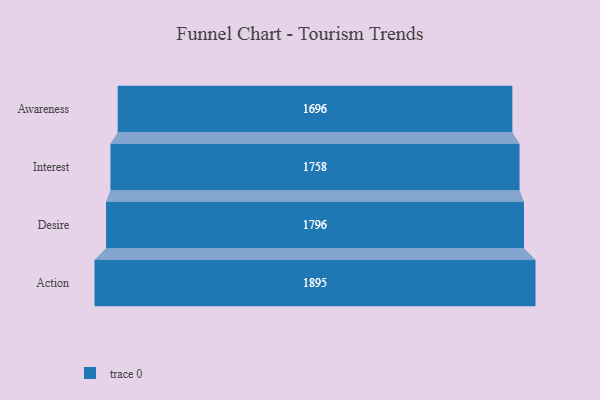
{"axis": {"x": "Stage", "y": "Value"}, "legend": [""], "data": [{"x": "Awareness", "y": 1696.0, "type": ""}, {"x": "Interest", "y": 1758.0, "type": ""}, {"x": "Desire", "y": 1796.0, "type": ""}, {"x": "Action", "y": 1895.0, "type": ""}]}